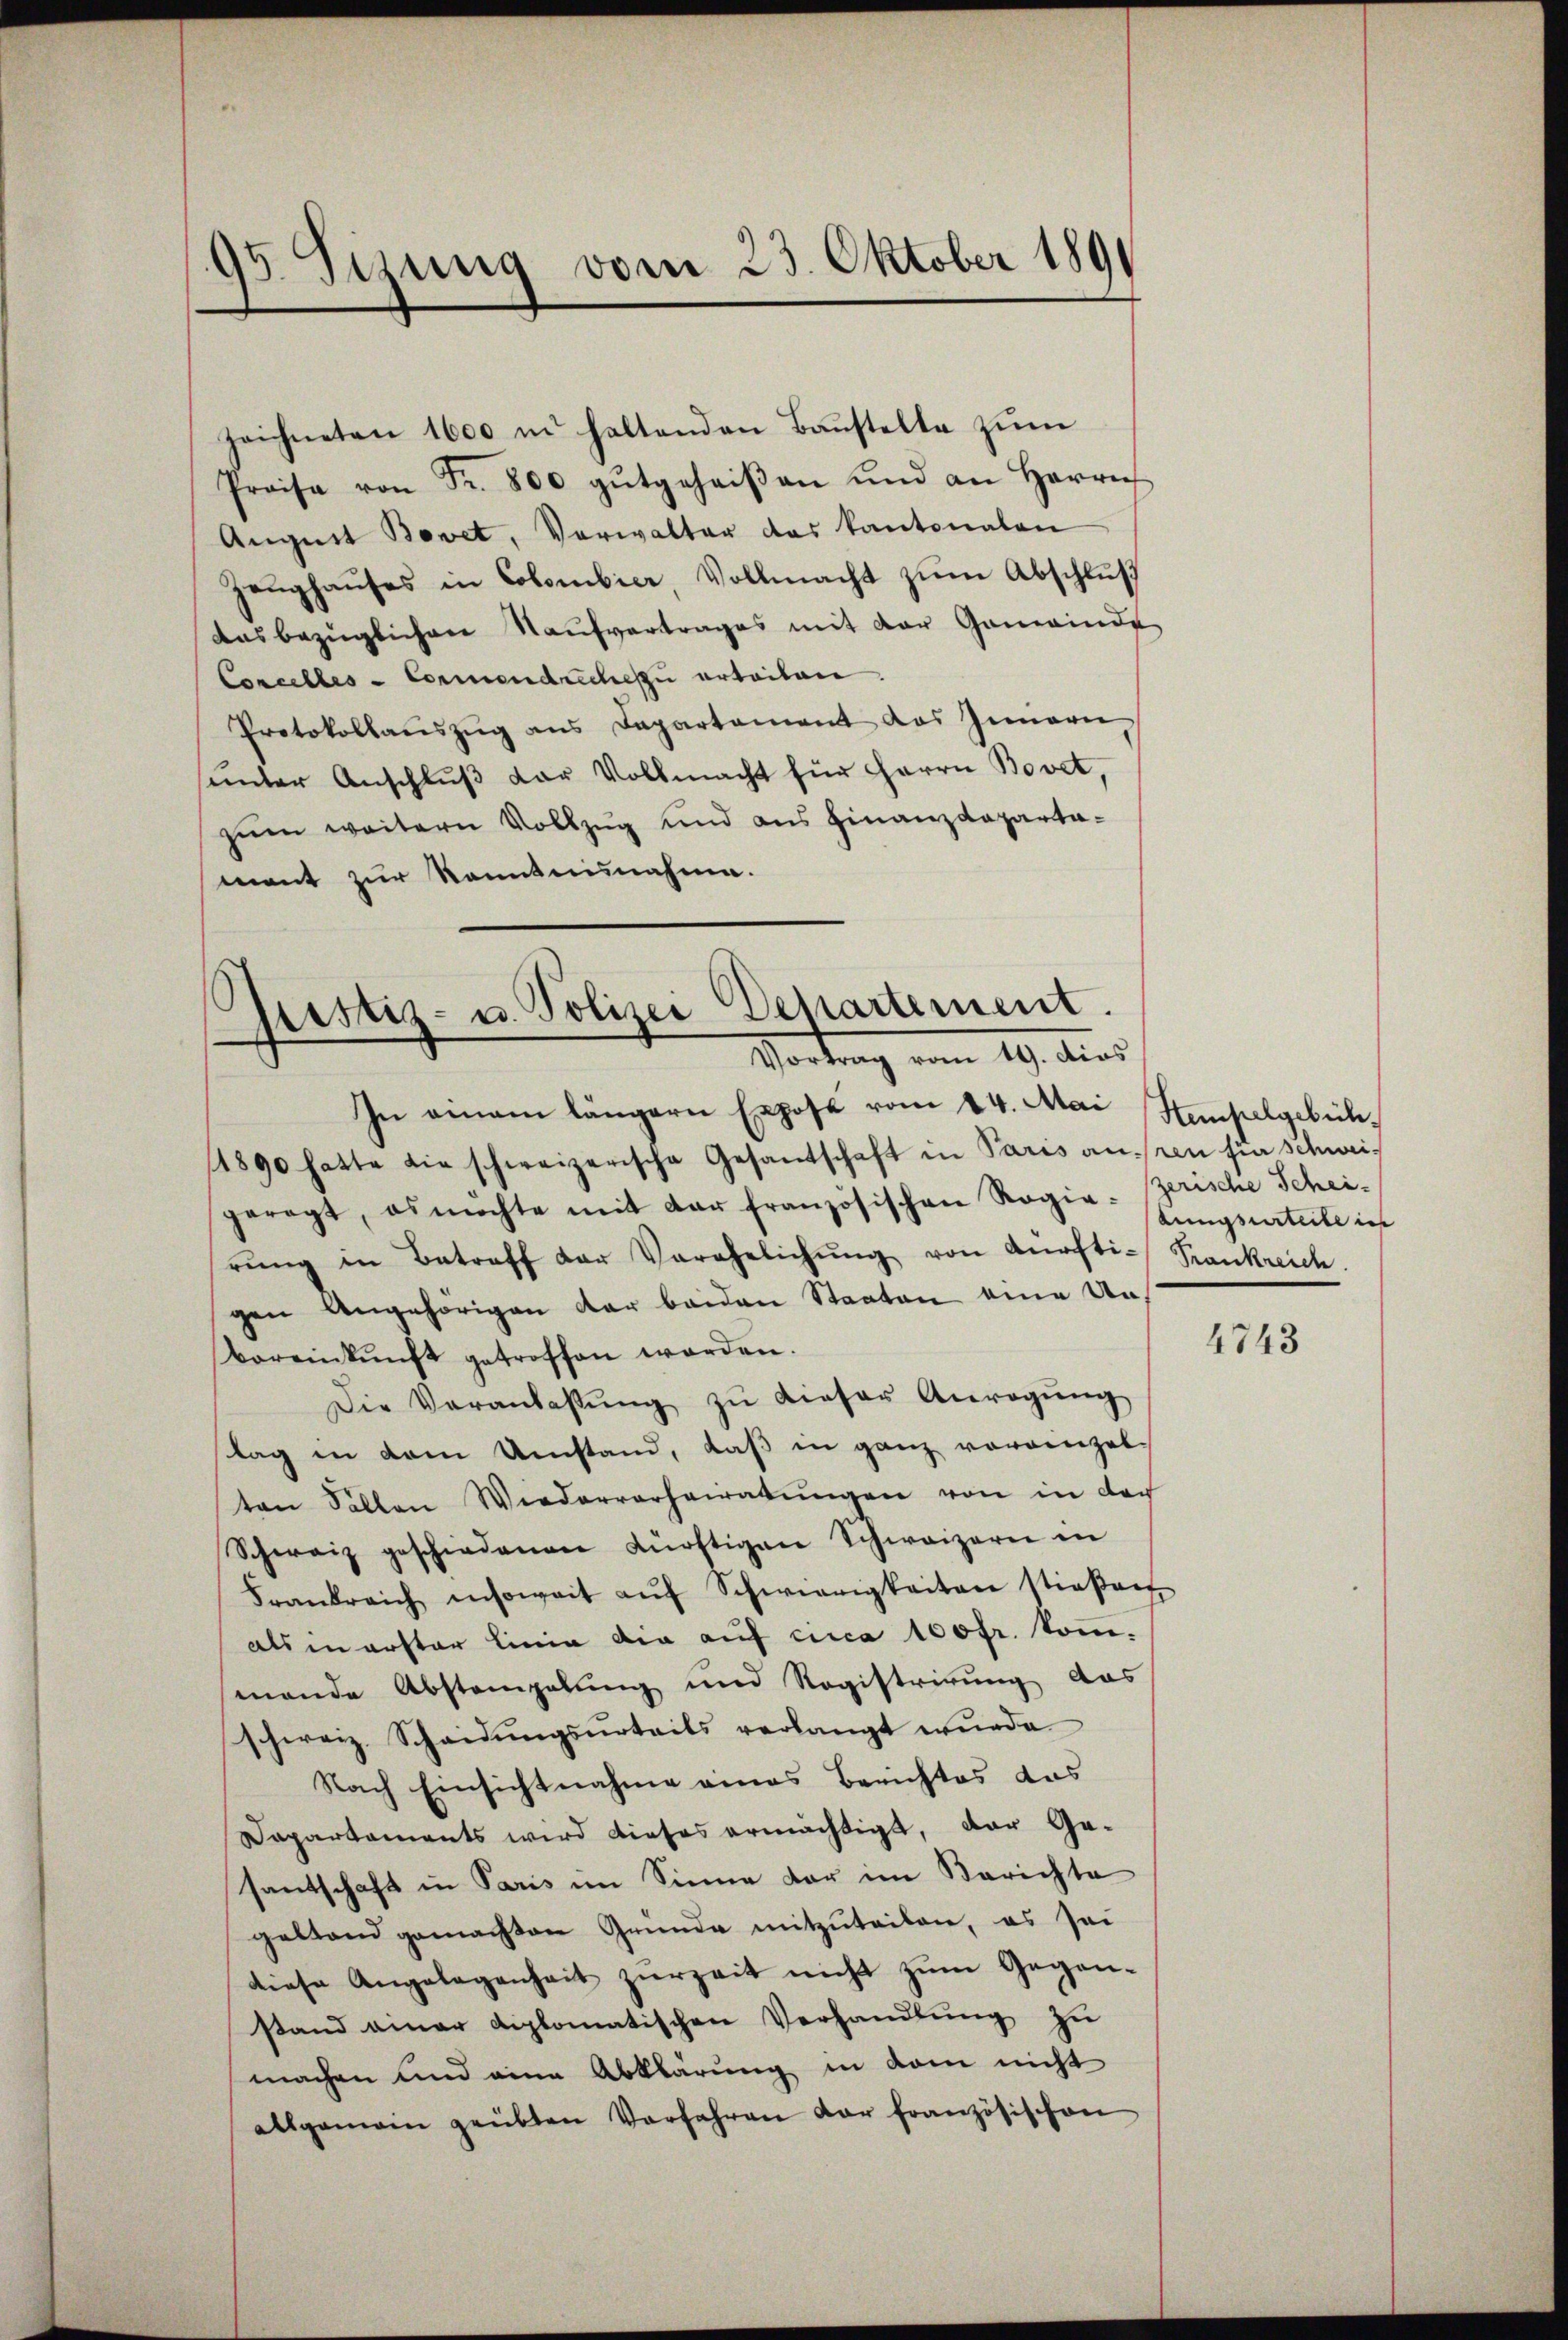
95. Sesung vom 23. Oktober 1891

zeichneten 1600 in haltenden Baŭstelle zŭm
Preise von Fr. 800 gŭtgeheiβen und an Herrn
August Bovet, Verwalter das kantonalen
Zeughauses in Colombier Vollmacht zum Abschluß
ausbezüglichen Kaŭfvertrages mit der Gemeinde
Concelles-Commendrechen erteilen.
Protokollaŭszŭg ans Departament das Innern
sunter Anschlŭβ der Vollmacht für Herrn Bovet,
zum weitern Vollzug und aus Finanzdepartamant zur Kenntnisnahme.

prstiz- u. Polizei Departement.
Vortrag vom 19. dies

dungsurteile in

In einem längern Expose vom 24. Mai (Stempelgebüh¬
/1890 hatte die schweizerische Gesantschaft in Paris anzen fie schweigeregt, es möchte mit der französischen Rogia-Zerische Schei-
rŭng in Betreff der Verehelichŭng von Dürfti-Krankreich.
gen Angehörigen der beiden Staaten eine Unvoreinkunft getroffen worden.
Die Veranlassŭng zŭ dieser Anregŭng
tag in dem Umstand, daß in ganz voreinzelton Sollen Wiederverheiratŭngen von in doch
Schweiz geschiedenen dürftigen Schweizern in
Frankreich insoweit aŭf Schwierigkeiten stießen
als in erster Linia die auf circa 100fr. kom-
mande Abstempelung und Registrirung das
schweiz. Scheidŭngsŭrteils verlangt wŭrde.
Nach Einsichtnahme eines Berichtes das
Dapartaments wird dieses ermächtigt, der Ge-
santschaft in Paris im Sinne dar im Berichte
gestand gemachten Gründe mitzŭteilen, es sei
diese Angelegenheit zŭrzeit nicht zŭm Gegen-
stand einer diplomatischen Verhandlŭng zu
machen und eine Abklärung in dem nicht
allgemein geübten Verfahren der französischen

4743